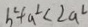
b ^ { 2 } + a ^ { 2 } < 2 a ^ { 2 }